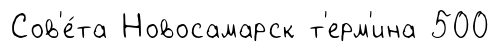
Сов'е́та Новосамарск т'ерм'ина 500